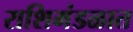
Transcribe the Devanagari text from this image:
राशिमंडळात